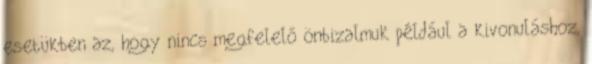
esetükben az, hogy nincs megfelelő önbizalmuk például a kivonuláshoz,